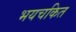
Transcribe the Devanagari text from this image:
भयचकित